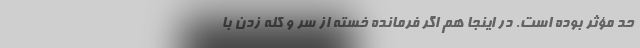
حد مؤثر بوده است. در اینجا هم اگر فرمانده خسته از سر و کله زدن با